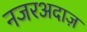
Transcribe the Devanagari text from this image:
नजरअदाज़